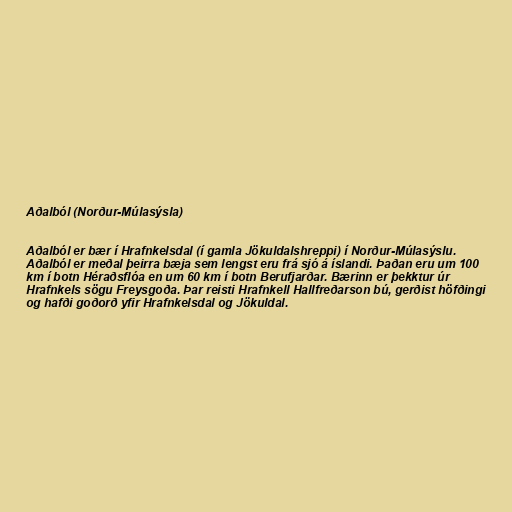
Aðalból (Norður-Múlasýsla)

Aðalból er bær í Hrafnkelsdal (í gamla Jökuldalshreppi) í Norður-Múlasýslu.
Aðalból er meðal þeirra bæja sem lengst eru frá sjó á íslandi. Þaðan eru um 100
km í botn Héraðsflóa en um 60 km í botn Berufjarðar. Bærinn er þekktur úr
Hrafnkels sögu Freysgoða. Þar reisti Hrafnkell Hallfreðarson bú, gerðist höfðingi
og hafði goðorð yfir Hrafnkelsdal og Jökuldal.